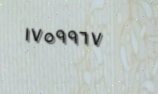
١٧٥٩٩٦٧